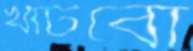
খাটবো